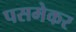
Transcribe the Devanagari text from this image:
पसमेकर